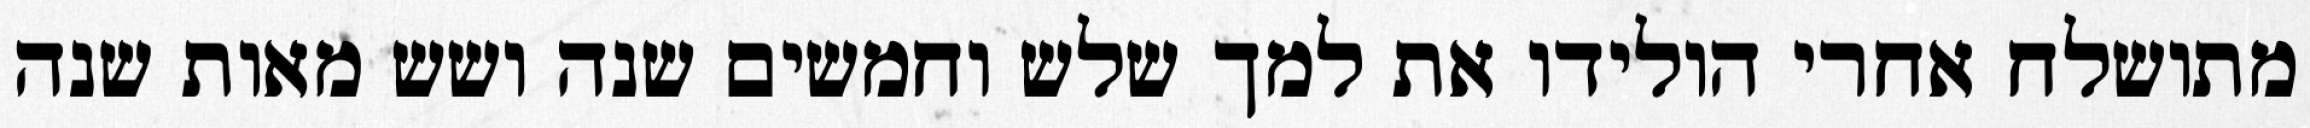
מתושלח אחרי הולידו את למך שלש וחמשים שנה ושש מאות שנה